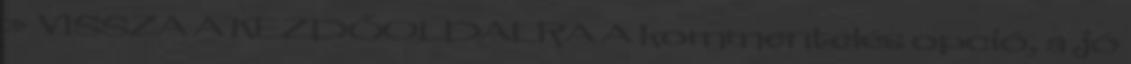
» VISSZA A KEZDŐOLDALRA A kommentelés opció, a jó